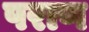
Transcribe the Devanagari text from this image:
पराण